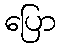
ပြော